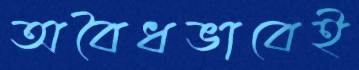
অবৈধভাবেই